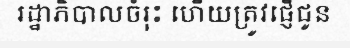
រដ្ឋាភិបាលចំរុះ ហើយត្រូវផ្ញើជូន